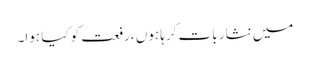
میں نثار بات کرہا ہوں ،رفعت کو کیا ہوا۔